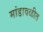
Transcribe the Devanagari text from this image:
मांडावळीत